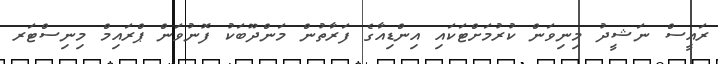
ރައީސް ނަޝީދު މިނިވަން ކުރުމަށްޓަކައި އިންޑިއާގެ ފަރާތުން މަންދޫބަކު ފޮނުވަން ޕްރައިމް މިނިސްޓަރ